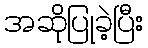
အဆိုပြုခဲ့ပြီး